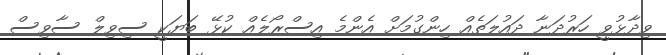
ވިދާޅުވީ ހަރުދަނާ ދައުލަތެއް ހިންގުމަށް އެންމެ އިސްރޯލެއް ކުޅޭ ބަޔަކީ ސިވިލް ސާވިސް